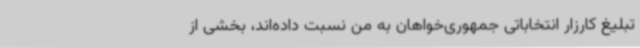
تبلیغ کارزار انتخاباتی جمهوری‌خواهان به من نسبت داده‌اند، بخشی از